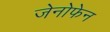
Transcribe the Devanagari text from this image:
जेनोफेन